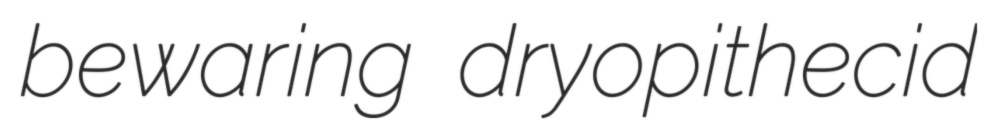
bewaring dryopithecid